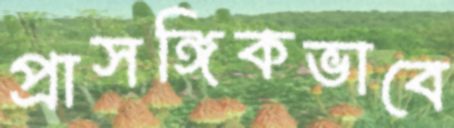
প্রাসঙ্গিকভাবে